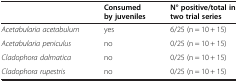
<table><thead><tr><td><b> </b></td><td><b>Consumed by juveniles</b></td><td><b>N° positive/total in two trial series</b></td></tr></thead><tbody><tr><td><i>Acetabularia acetabulum</i></td><td>yes</td><td>6/25 (n = 10 + 15)</td></tr><tr><td><i>Acetabularia peniculus</i></td><td>no</td><td>0/25 (n = 10 + 15)</td></tr><tr><td><i>Cladophora dalmatica</i></td><td>no</td><td>0/25 (n = 10 + 15)</td></tr><tr><td><i>Cladophora rupestris</i></td><td>no</td><td>0/25 (n = 10 + 15)</td></tr></tbody></table>